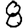
Digit: 8